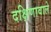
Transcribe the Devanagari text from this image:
दक्षिणावाले